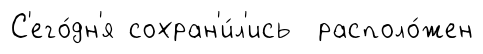
С'его́дн'я сохран'и́л'ись располо́жен